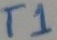
Text: T1